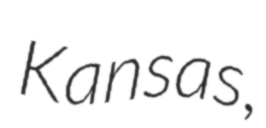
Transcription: Kansas,